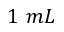
1 ~ m L